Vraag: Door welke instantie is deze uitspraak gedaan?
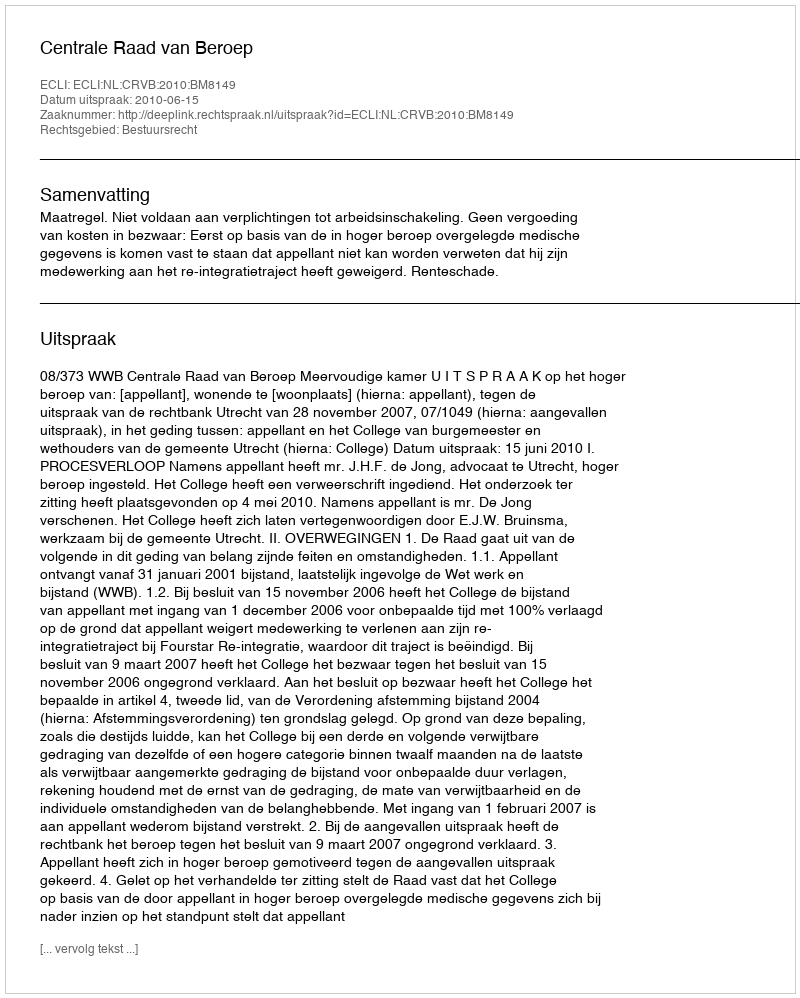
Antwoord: Centrale Raad van Beroep